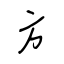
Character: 方